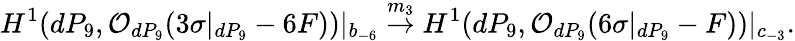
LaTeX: H^{1}(dP_{9},{\cal O}_{dP_{9}}(3\sigma|_{dP_{9}}-6F))|_{b_{-6}}\stackrel{m_{3}}{\rightarrow}H^{1}(dP_{9},{\cal O}_{dP_{9}}(6\sigma|_{dP_{9}}-F))|_{c_{-3}}.